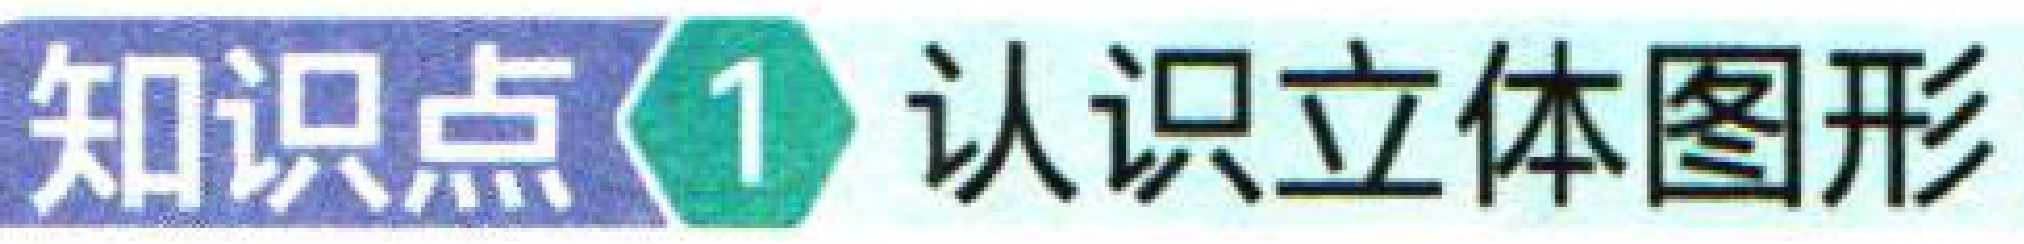
知识点\textcircled{1} 认识立体图形